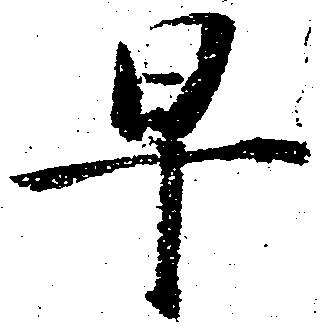
早